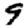
Digit: 9